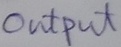
Text: OUTPUT